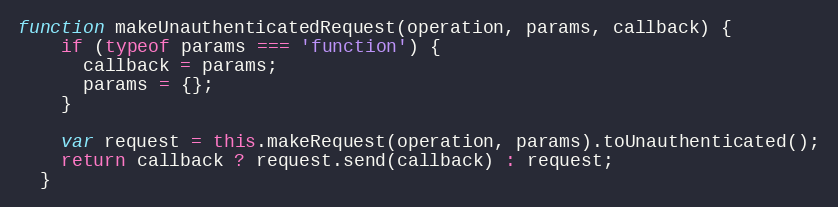
Language: JavaScript
function makeUnauthenticatedRequest(operation, params, callback) {
    if (typeof params === 'function') {
      callback = params;
      params = {};
    }

    var request = this.makeRequest(operation, params).toUnauthenticated();
    return callback ? request.send(callback) : request;
  }